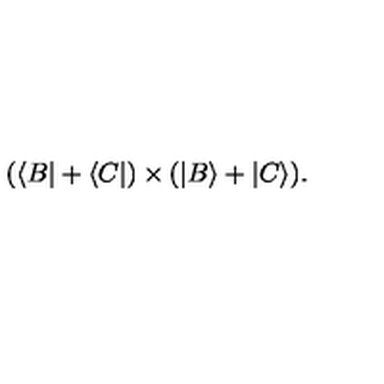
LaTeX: ( \langle B | + \langle C | ) \times ( | B \rangle + | C \rangle ) .